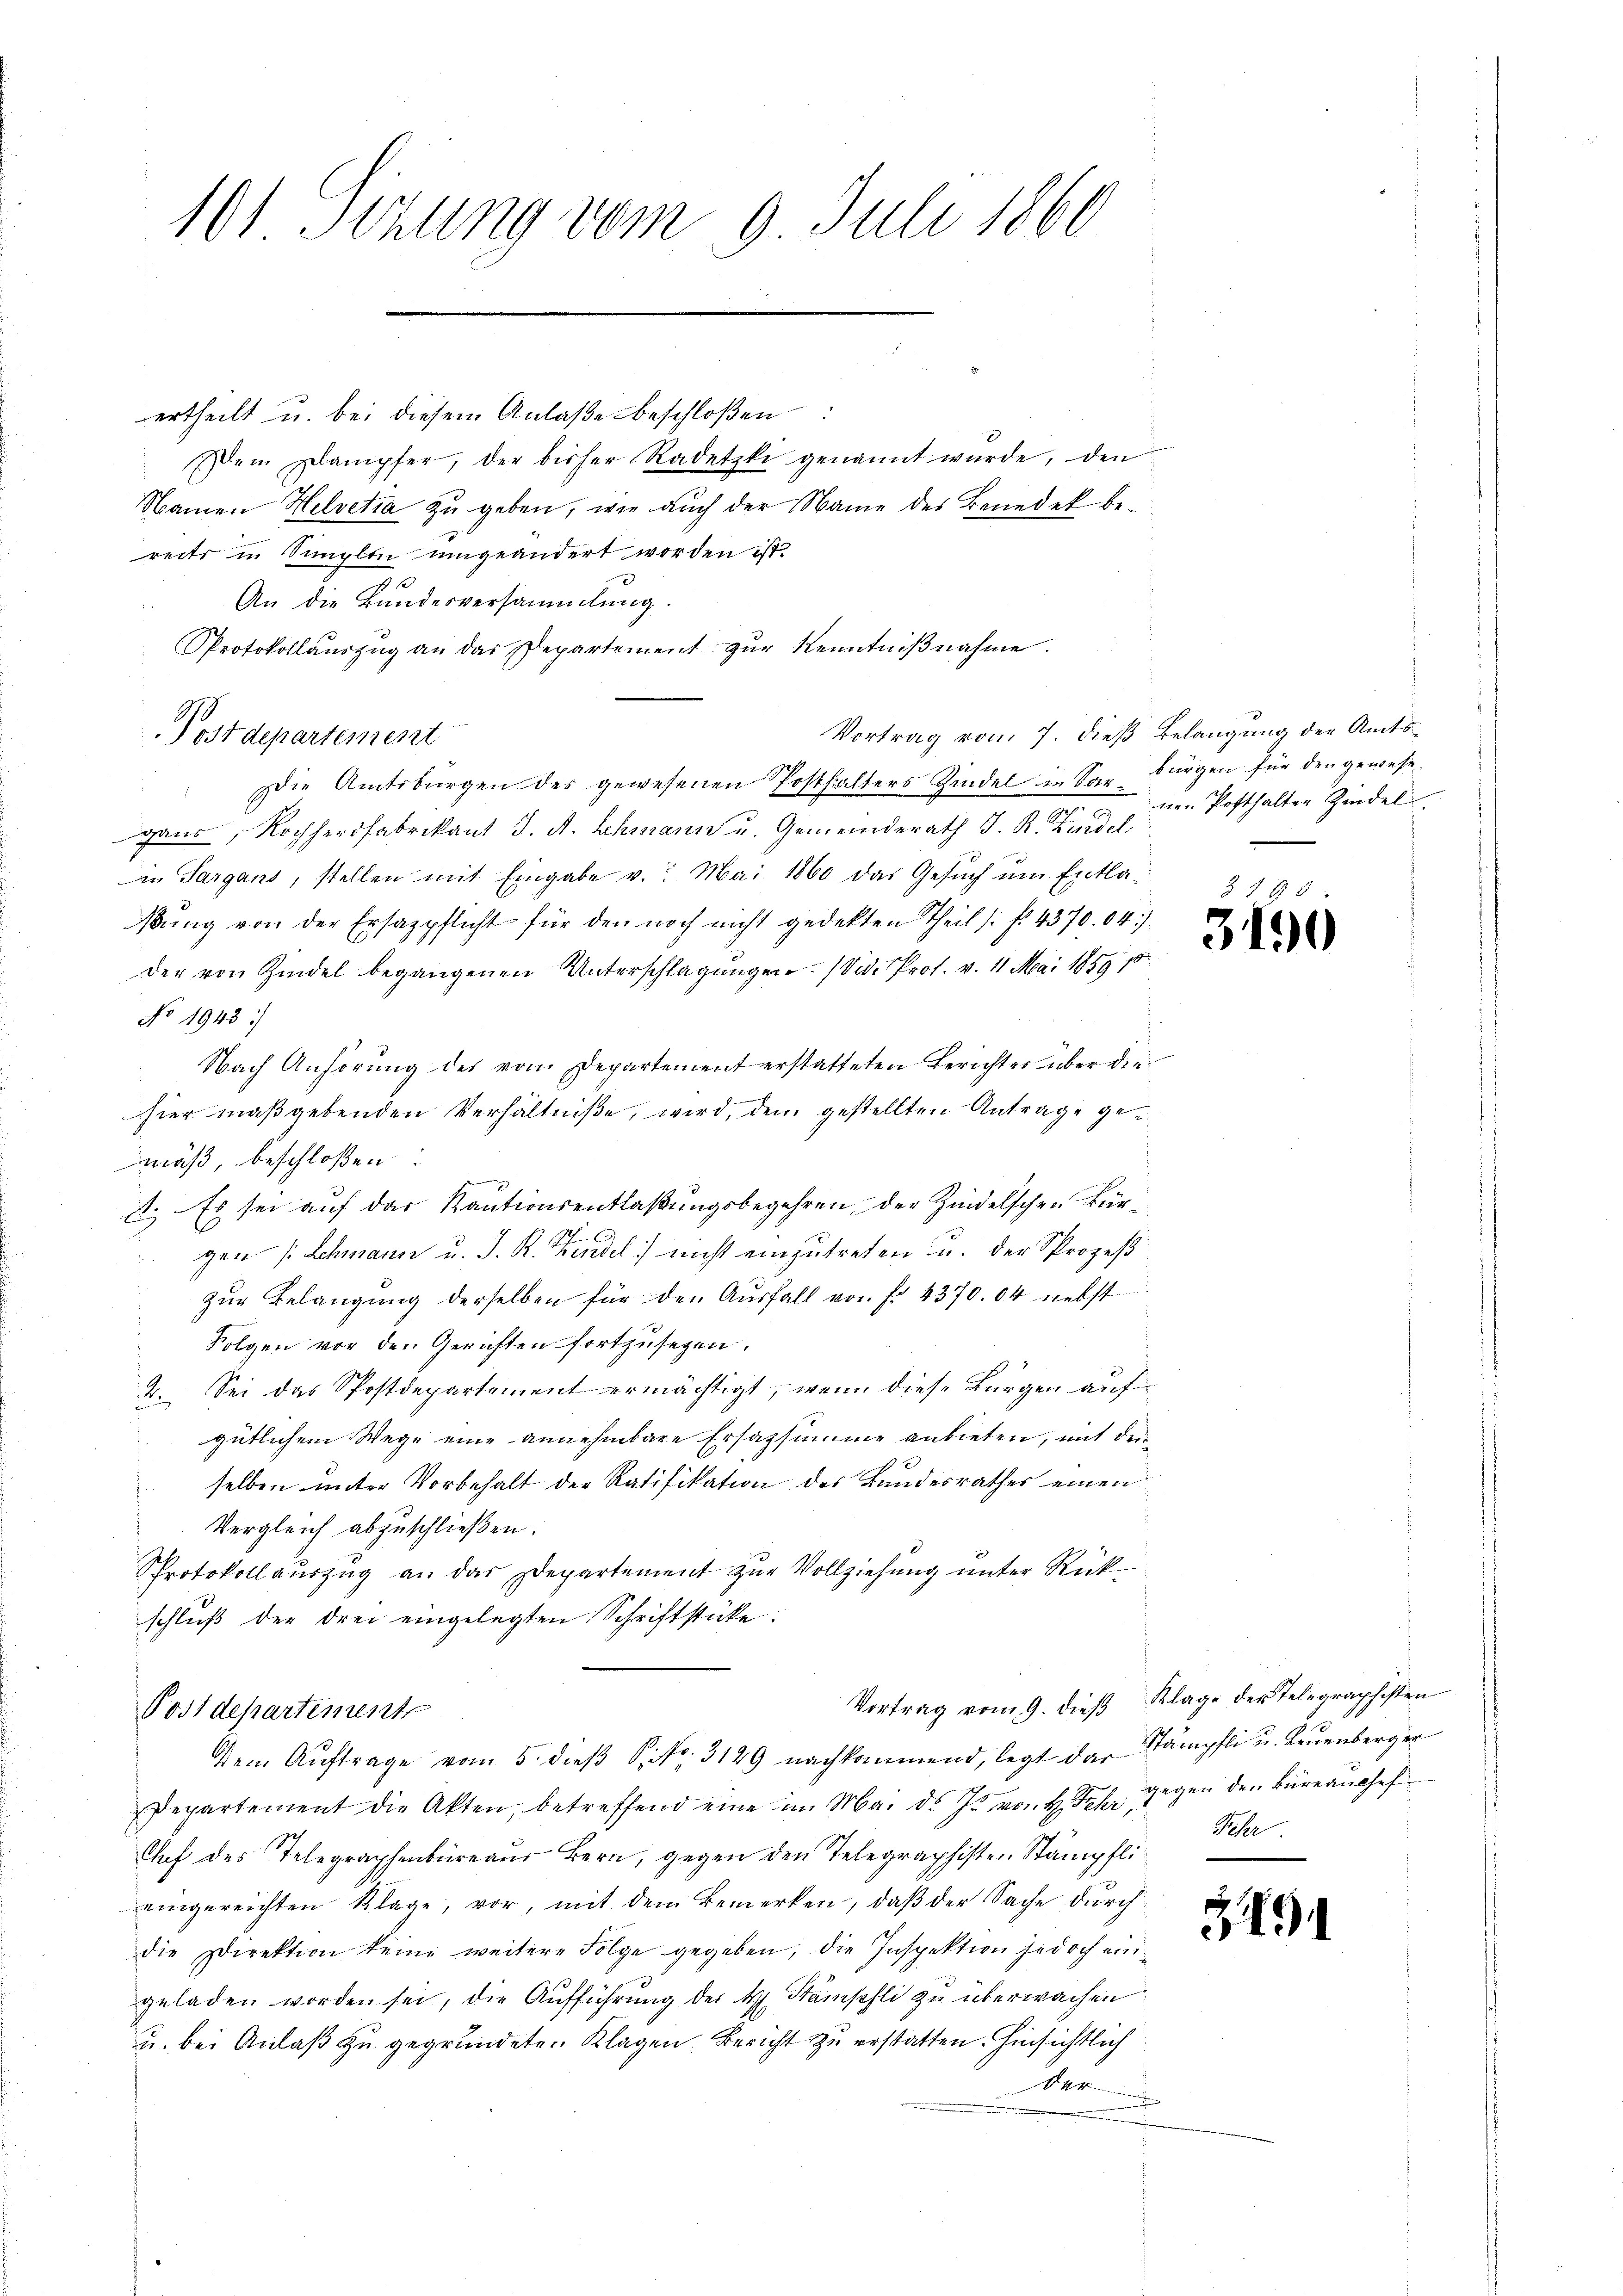
101 Sizung vom 9. Juli 1860

ertheilt u. bei diesem Anlaße beschloßen:
Dein Dampfer, der bisher Radetzke genannt wurde, den
Namen Helvetia zu geben, wie auch der Name der Benedek bereits in Simplen umgeändert worden ist.
An die Bundesversammlung.
Protokollauszug an das Departement zur Kenntnißnahme.
Die Amtsbürgen des gewesenen Posthalters Hindel in Sar bürgen für den gewesen
gans, Kochherdfabrikant J. A. Schmann u. Gemeinderath J. R. Kindel
in Sargans, stellen mit Eingabe v. Mai 1860 das Gesuch um Entlaβŭng von der Ersazpflicht für den noch nicht gedekten Theil s. f. 4370. 04)
der von Hindel begangenen Unterschlagungen. (Sid. Prof. v. 11. Mai 1859 18
No 1943.
Nach Anhörung des vom Departement erstatteten Berichter über die
hier maßgebenden Verhältniße, wird, dem gestellten Antrage gemäß, beschloßen:
9
d. Es sei auf das Kautionsentlaßungsbegehren der Hindelschen Bürgen (Lehmann u. J. K. Kindel nicht einzutreten u. der Sprozeß
zŭr Belangung derselben für den Aŭsfall von fr. 4370. 04 liebst
Folgen vor den Gerichten fortzusegen.
2. Sei das Postdepartement ermächtigt, wenn diese Bürgen auf
gütlichem Wege eine annehmbare Ersazsumme anbieten, mit der
selben unter Vorbehalt der Ratifikation des Bundesrathes einen
Vergleich abzuschließen.
Protokoll auszug an das Departement zur Vollziehung unter Rückschluß der drei eingelegten Schriftstücke:
Vortrag vom 9. dieß Klage der Telegraphisten
Postdepartemente

ostdepartement

dem Aŭftrage vom 5. dieβ S. 3129 nachkommend, legt das Stampfli u. Leuenberger

Vortrag vom 7. dieß Belangung der Amtsnen Posthalten Zindel

Departement die Akten, betreffend eine im Mai d. Js. von H. Joh. Gegen den Büreaushef¬
Chef des Telegraphenbureaus Bern, gegen den Telegraphisten Stämpflieingereichten Klage, vor, mit dem Bemerken, daß der Sache durch
die Direktion keine weitere Folge gegeben, die Inspektion jedoch eingeladen worden sei, die Aufführung des H. Stämpfli zu überwachen
u. bei Anlaß zu gegründeten Klagen Bericht zu erstatten. Hinsichtlich
4

3. J
390

Feher

3